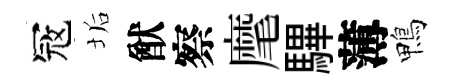
冦垢猷察麾驆薄鴨